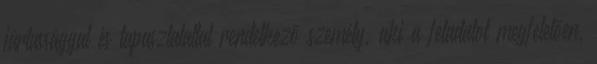
jártassággal és tapasztalattal rendelkezõ személy, aki a feladatot megfelelõen,